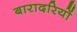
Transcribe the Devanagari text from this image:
बारादरियों